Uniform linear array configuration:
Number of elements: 16
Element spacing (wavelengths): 0.5
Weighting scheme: binomial
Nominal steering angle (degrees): -45
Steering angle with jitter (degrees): -45.158
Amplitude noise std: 0.05
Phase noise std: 0.05

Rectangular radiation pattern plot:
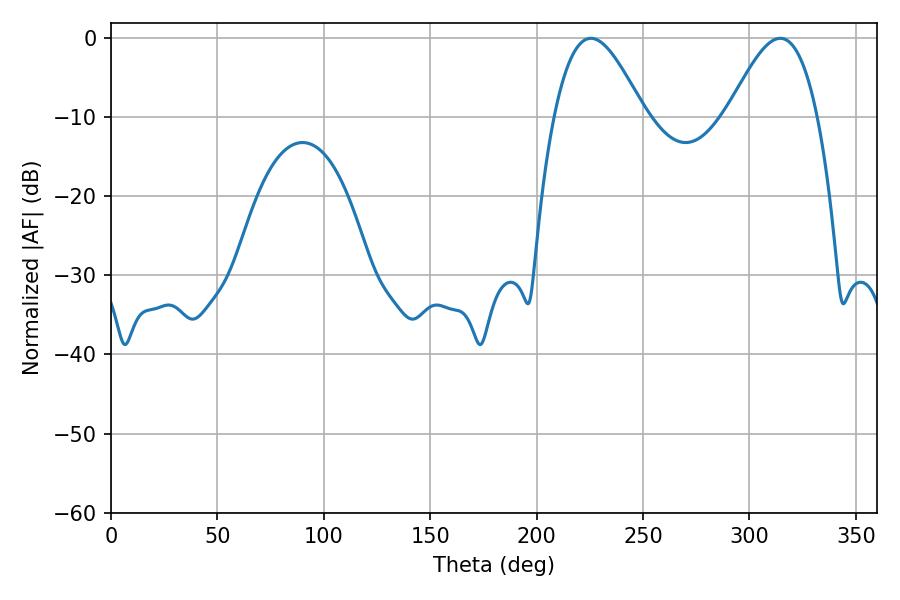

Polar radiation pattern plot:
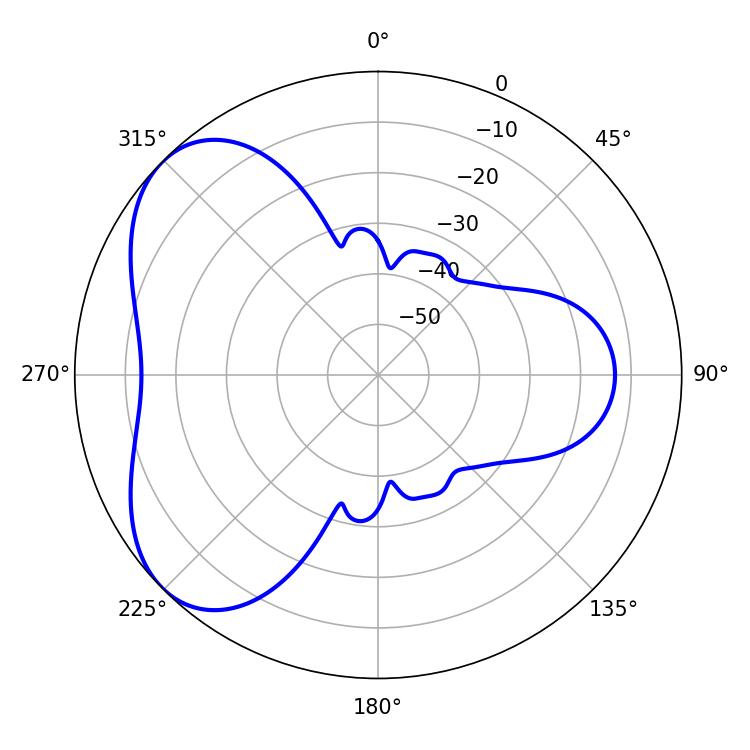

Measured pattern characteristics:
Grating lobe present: FALSE
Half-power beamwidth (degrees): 22.68
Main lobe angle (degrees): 225.54